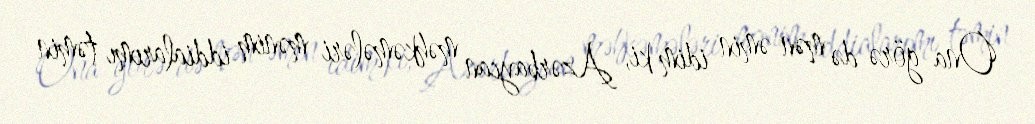
Ona görə də mən əmin idim ki, Azərbaycan məhkəmələri mənim iddialarımı təmin